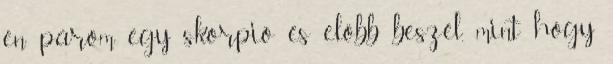
én párom egy skorpió és előbb beszél, mint hogy